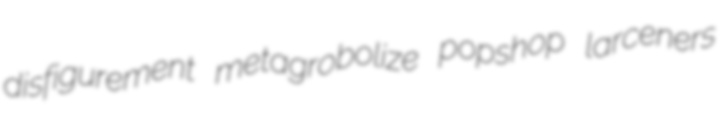
disfigurement metagrobolize popshop larceners